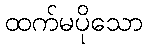
ထက်မပိုသော